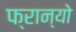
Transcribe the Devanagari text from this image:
फ्रान्यो